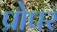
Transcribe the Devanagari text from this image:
प्रोपर